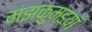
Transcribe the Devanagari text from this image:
मंझकुमइयाँ